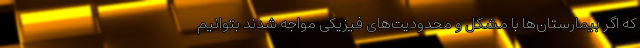
که اگر بیمارستان‌ها با مشکل و محدودیت‌های فیزیکی مواجه شدند بتوانیم